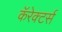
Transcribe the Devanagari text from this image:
कॅरेक्टर्स